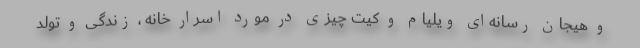
و هیجان رسانه‌ای ویلیام و کیت چیزی در مورد اسرار خانه ، زندگی و تولد